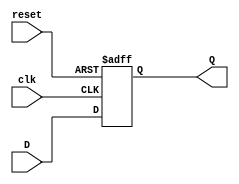
module reg_N_bits_with_areset(
	input reset, clk,
	input [N-1:0] D,
	output reg [N-1:0] Q);
	
	parameter N = 8;
		
	always @(posedge clk or posedge reset)
		if (reset)
			Q = 0;
		else if (clk)
			Q = D;
		
endmodule